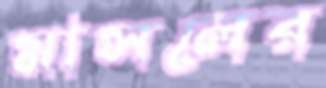
মাসলের